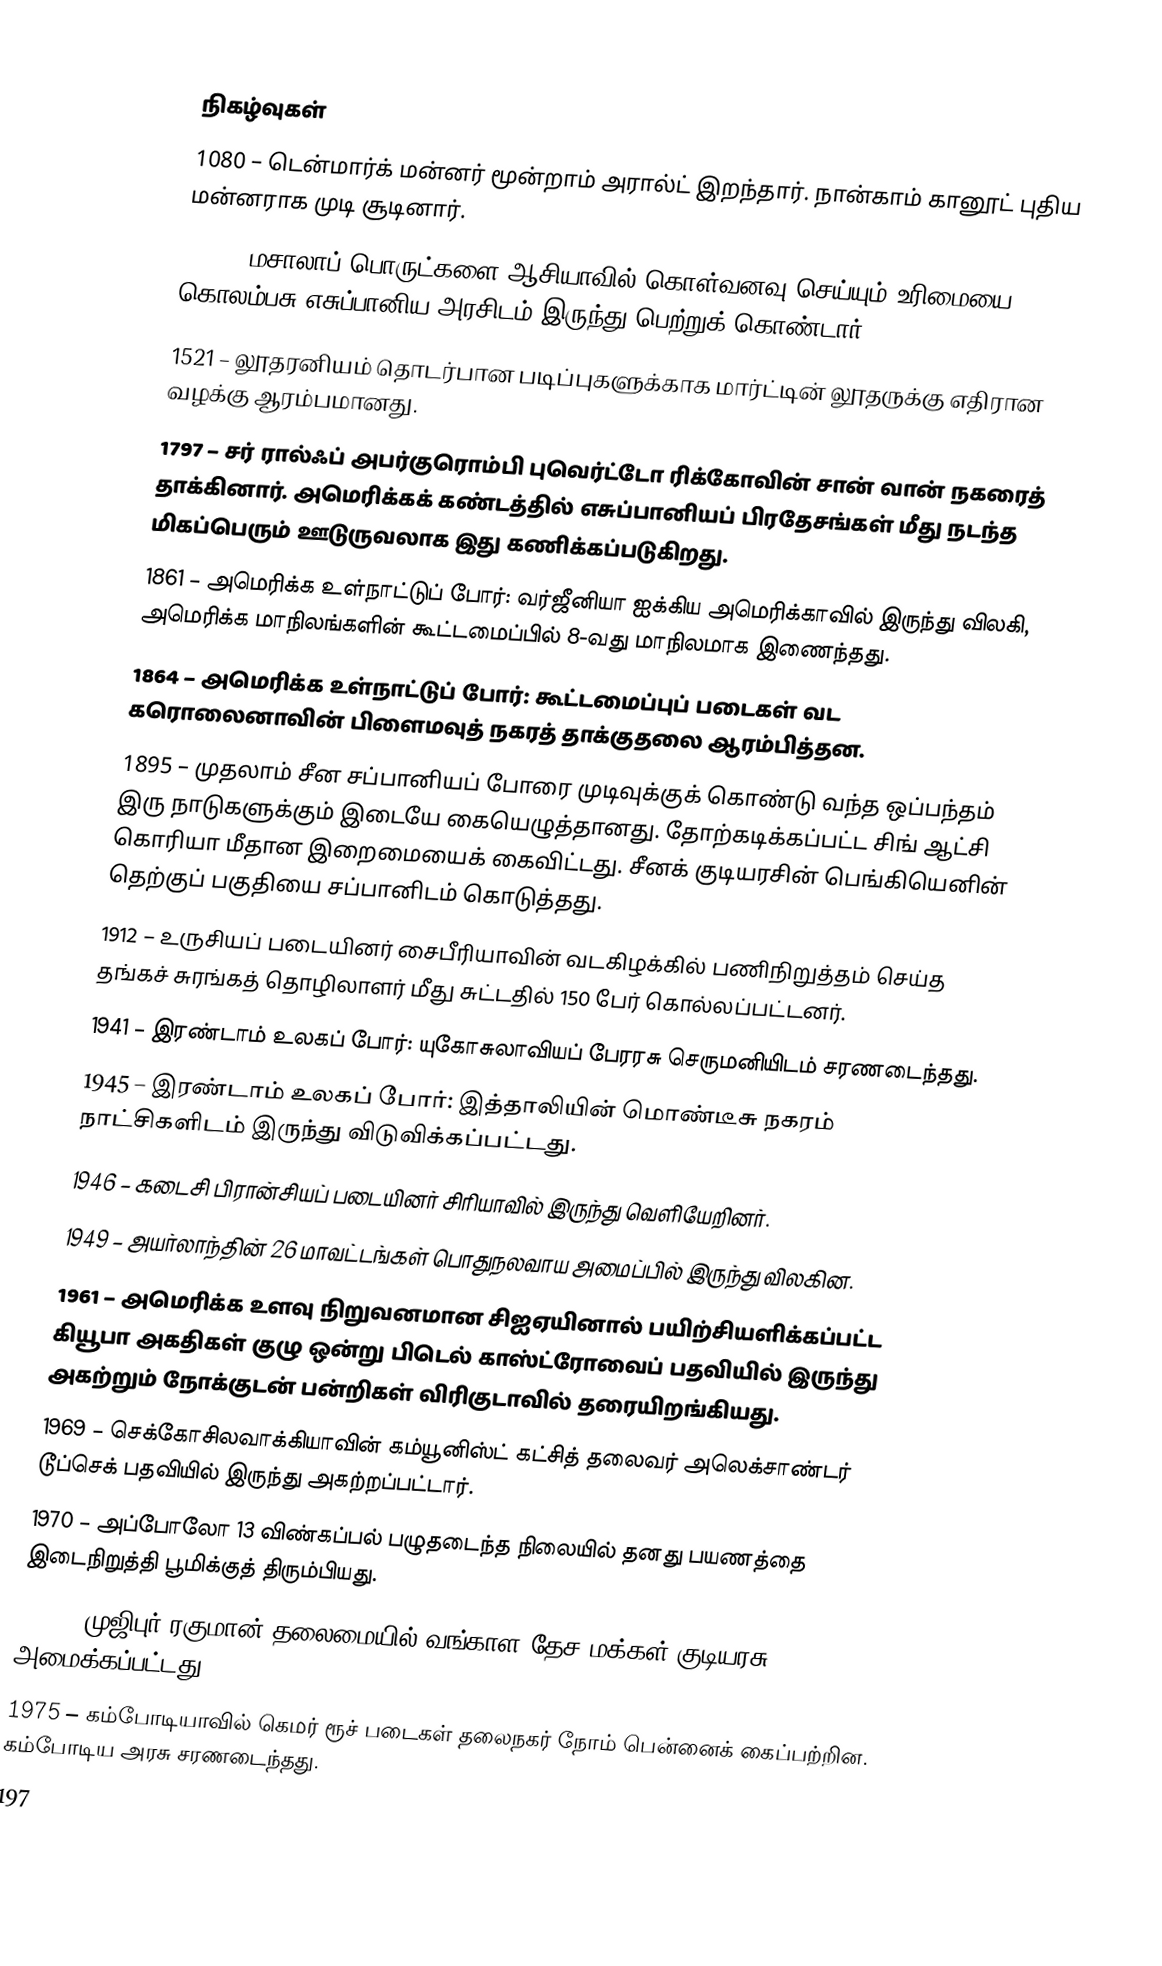

நிகழ்வுகள்
1080 – டென்மார்க் மன்னர் மூன்றாம் அரால்ட் இறந்தார். நான்காம் கானூட் புதிய மன்னராக முடி சூடினார்.
1492 – மசாலாப் பொருட்களை ஆசியாவில் கொள்வனவு செய்யும் உரிமையை கொலம்பசு எசுப்பானிய அரசிடம் இருந்து பெற்றுக் கொண்டார்.
1521 – லூதரனியம் தொடர்பான படிப்புகளுக்காக மார்ட்டின் லூதருக்கு எதிரான வழக்கு ஆரம்பமானது.
1797 – சர் ரால்ஃப் அபர்குரொம்பி புவெர்ட்டோ ரிக்கோவின் சான் வான் நகரைத் தாக்கினார். அமெரிக்கக் கண்டத்தில் எசுப்பானியப் பிரதேசங்கள் மீது நடந்த மிகப்பெரும் ஊடுருவலாக இது கணிக்கப்படுகிறது.
1861 – அமெரிக்க உள்நாட்டுப் போர்: வர்ஜீனியா ஐக்கிய அமெரிக்காவில் இருந்து விலகி, அமெரிக்க மாநிலங்களின் கூட்டமைப்பில் 8-வது மாநிலமாக இணைந்தது.
1864 – அமெரிக்க உள்நாட்டுப் போர்: கூட்டமைப்புப் படைகள் வட கரொலைனாவின் பிளைமவுத் நகரத் தாக்குதலை ஆரம்பித்தன.
1895 – முதலாம் சீன சப்பானியப் போரை முடிவுக்குக் கொண்டு வந்த ஒப்பந்தம் இரு நாடுகளுக்கும் இடையே கையெழுத்தானது. தோற்கடிக்கப்பட்ட சிங் ஆட்சி கொரியா மீதான இறைமையைக் கைவிட்டது. சீனக் குடியரசின் பெங்கியெனின் தெற்குப் பகுதியை சப்பானிடம் கொடுத்தது.
1912 – உருசியப் படையினர் சைபீரியாவின் வடகிழக்கில் பணிநிறுத்தம் செய்த தங்கச் சுரங்கத் தொழிலாளர் மீது சுட்டதில் 150 பேர் கொல்லப்பட்டனர்.
1941 – இரண்டாம் உலகப் போர்: யுகோசுலாவியப் பேரரசு செருமனியிடம் சரணடைந்தது.
1945 – இரண்டாம் உலகப் போர்: இத்தாலியின் மொண்டீசு நகரம் நாட்சிகளிடம் இருந்து விடுவிக்கப்பட்டது.
1946 – கடைசி பிரான்சியப் படையினர் சிரியாவில் இருந்து வெளியேறினர்.
1949 – அயர்லாந்தின் 26 மாவட்டங்கள் பொதுநலவாய அமைப்பில் இருந்து விலகின.
1961 – அமெரிக்க உளவு நிறுவனமான சிஐஏயினால் பயிற்சியளிக்கப்பட்ட கியூபா அகதிகள் குழு ஒன்று பிடெல் காஸ்ட்ரோவைப் பதவியில் இருந்து அகற்றும் நோக்குடன் பன்றிகள் விரிகுடாவில் தரையிறங்கியது.
1969 – செக்கோசிலவாக்கியாவின் கம்யூனிஸ்ட் கட்சித் தலைவர் அலெக்சாண்டர் டூப்செக் பதவியில் இருந்து அகற்றப்பட்டார்.
1970 – அப்போலோ 13 விண்கப்பல் பழுதடைந்த நிலையில் தனது பயணத்தை இடைநிறுத்தி பூமிக்குத் திரும்பியது.
1971 – முஜிபுர் ரகுமான் தலைமையில் வங்காள தேச மக்கள் குடியரசு அமைக்கப்பட்டது.
1975 – கம்போடியாவில் கெமர் ரூச் படைகள் தலைநகர் நோம் பென்னைக் கைப்பற்றின. கம்போடிய அரசு சரணடைந்தது.
197